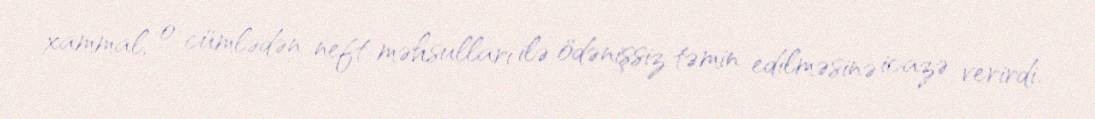
xammal, o cümlədən neft məhsulları ilə ödənişsiz təmin edilməsinə icazə verirdi.